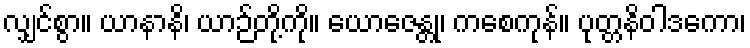
လျှင်စွာ။ ယာနာနိ၊ ယာဉ်တို့ကို။ ယောဇေန္တု၊ ကစေကုန်။ ပုတ္တနိဝါဒကော၊